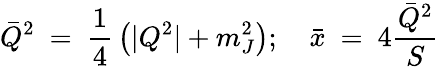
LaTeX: {\bar{Q}}^{2}~=~{\frac{1}{4}}\left(|Q^{2}|+m_{J}^{2}\right);~~~~{\bar{x}}~=~4{\frac{{\bar{Q}}^{2}}{S}}